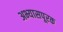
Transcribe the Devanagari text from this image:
अभ्यासपूरक